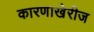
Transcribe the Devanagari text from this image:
कारणाखेरीज